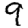
Digit: 9